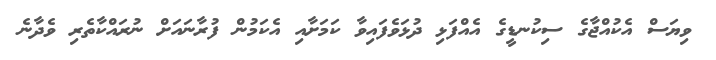
ވިޔަސް އެކުއްޖާގެ ސިކުނޑީގެ އެއްފަޅި ދުޅަވެފައިވާ ކަމަށާއި އެކަމުން ފުރާނައަށް ނުރައްކާތެރި ވެދާނެ